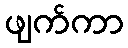
ဖျက်ကာ